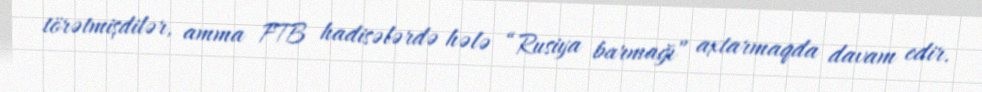
törətmişdilər, amma FTB hadisələrdə hələ “Rusiya barmağı” axtarmaqda davam edir.